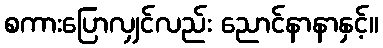
စကားပြောလျှင်လည်း ညောင်နာနာနှင့်။